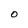
Character: O